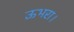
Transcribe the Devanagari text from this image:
ऊभरा।